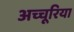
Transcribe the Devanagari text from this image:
अच्चूरिया